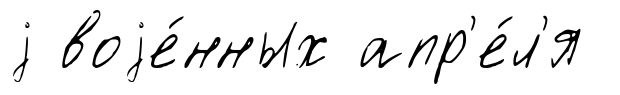
j воjе́нных апр'е́л'я